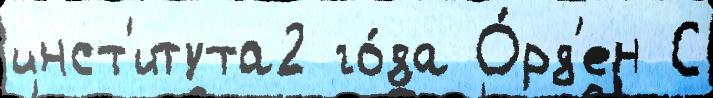
инст'итута2 го́да О́рд'ен С